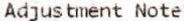
ADJUSTMENT NOTE